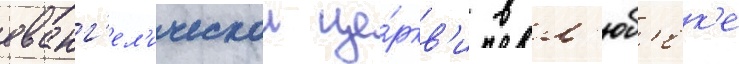
еванг'ел'ическои це́ркв'и в л'юб'ек'е